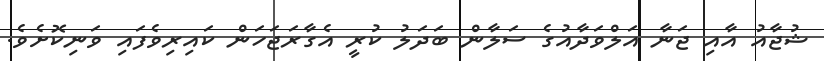
ޝުޖާއު އާއި ޖަނާ އަލްވަދާއުގެ ސަލާން ބަދަލު ކުރީ އެގާރަޖަހަން ކައިރިވެފައި ވަނިކޮށެވެ.